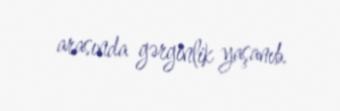
arasında gərginlik yaşanıb.